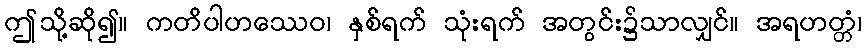
ဤသို့ဆို၍။ ကတိပါဟဿေဝ၊ နှစ်ရက် သုံးရက် အတွင်း၌သာလျှင်။ အရဟတ္တံ၊